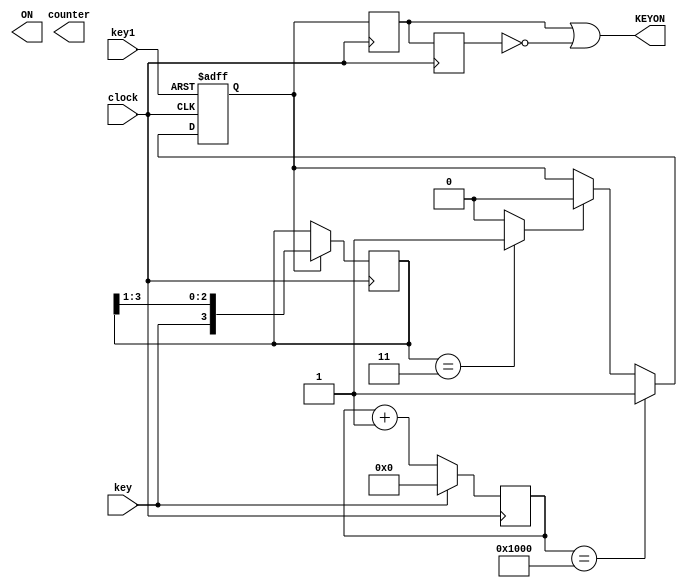
module keytr (
				key,
				key1,
				ON,
				clock,
				KEYON,
				counter	
			 );

//=======================================================
//  PORT declarations
//=======================================================			 
input	           key;
input            key1;
input	         clock;

output	            ON;
output           KEYON;
output  [9:0]  counter;


reg     [9:0]  counter;
//reg              KEYON;
//wire ON=((counter[`OUT_BIT]==1) && (key==0))?0:1; 
/*/=============================================================================
// Structural coding
//=============================================================================
always @(negedge ON or posedge clock) 
	begin
		if (!ON)
			begin
				counter=0;
			end 
		else if (counter[`OUT_BIT]==0)
				begin
					counter=counter+1;
				end	
	end

always @(posedge clock) 
	begin
		if  ((counter>=1) && (counter <5))
			begin
				KEYON=0;
			end
		else begin	
				KEYON=1;
			 end
	end*/
///debounce starts
reg [3:0] sw;
reg flag,D1,D2;
reg [15:0] delay;
//falling edge detect,
always@(negedge clock)
begin
  if (flag)
     sw<={key,sw[3:1]};
end
assign falling_edge = (sw==4'b0011)?1'b1:1'b0;
////////////
always@(posedge clock,negedge key1)
begin
  if (!key1)
     flag<=1'b1;
  else if (delay==15'd4096)////modify the value here for a better debounce effect when using a high clock frequency;
     flag<=1'b1;
  else if (falling_edge)
     flag<=1'b0;
end
//
always@(posedge clock)
begin
  if (!key)
     delay<=delay+1;
  else
     delay<=15'd0;
end
///debounce over!
/////////////////////////////////////////
///////////?????
always@(negedge clock)
begin
  D1<=flag;
  D2<=D1;
end
assign KEYON = (D1 | !D2);
endmodule